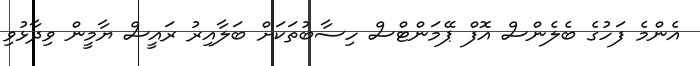
އެންމެ ފަހުގެ ބެލެންސް އޮފް ޕޭމަންޓްސް ހިސާބުތަކަށް ބަލާއިރު ރައީސް ޔާމީން ވިދާޅުވި